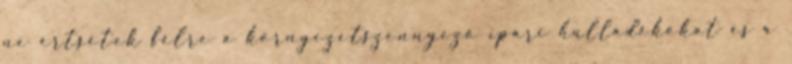
ne értsétek félre a környezetszennyező ipari hulladékokat és a